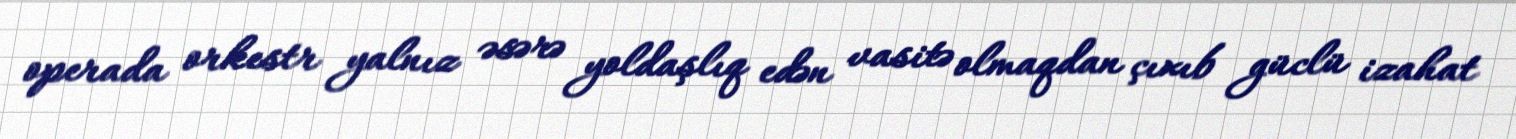
operada orkestr yalnız əsərə yoldaşlıq edən vasitə olmaqdan çıxıb güclü izahat